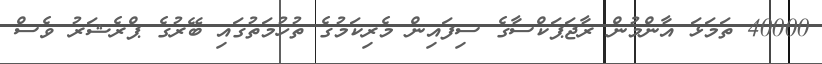
40000 ތަމަޅަ އާންމުން ރާޖަޕަކްސާގެ ސިފައިން މެރިކަމުގެ ތުހުމަތުގައި ބޭރުގެ ޕްރެޝަރު ވެސް